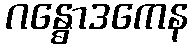
ဂန္ဓောဒကေန